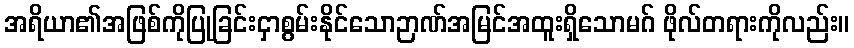
အရိယာ၏အဖြစ်ကိုပြုခြင်းငှာစွမ်းနိုင်သောဉာဏ်အမြင်အထူးရှိသောမဂ် ဖိုလ်တရားကိုလည်း။